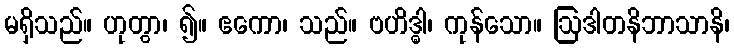
မရှိသည်။ ဟုတွာ၊ ၍။ ဧကော၊ သည်။ ဗဟိဒ္ဓါ၊ ကုန်သော။ ဩဒါတနိဘာသာနိ၊